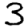
Digit: 3